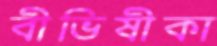
বীভিষীকা